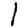
Digit: 1